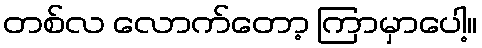
တစ်လ လောက်တော့ ကြာမှာပေါ့။